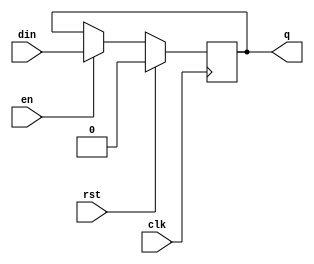
module dffre_ns (din, rst, en, clk, q);
parameter SIZE = 1;
input	[SIZE-1:0]	din ;	
input			en ;	
input			rst ;	
input			clk ;	
output	[SIZE-1:0]	q ;	
reg 	[SIZE-1:0]	q ;
always @ (posedge clk)
  q[SIZE-1:0] <= rst ? {SIZE{1'b0}} : ((en) ? din[SIZE-1:0] : q[SIZE-1:0]);
endmodule